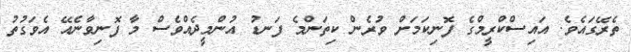
ތެރޭގައެވެ. އައިސްކްރީމްގެ ފޮނިކަމަށް ވުރެން ކިތަންމެ ފަނޑު އުންމީދެއްވެސް މާ ފޮނިވާނެއޭ އެވަގުތު